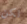
لكن